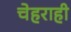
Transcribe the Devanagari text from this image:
चेहराही